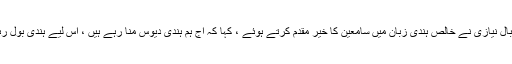
ڈرامہ چونکہ ’’کردار آرٹ اکیڈمی‘‘ نے پیش کیا تھا ، اس لیے اقبال نیازی نے خالص ہندی زبان میں سامعین کا خیر مقدم کرتے ہوئے ، کہا کہ آج ہم ہندی دیوس منا رہے ہیں ، اس لیے ہندی بول رہے ہیں اور یہ ڈرامہ بھی ہندی زبان ہی میں پیش کیا جا رہا ہے ۔